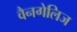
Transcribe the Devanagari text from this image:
वैनगेलिज